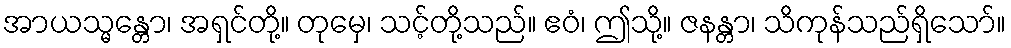
အာယသ္မန္တော၊ အရှင်တို့။ တုမှေ၊ သင့်တို့သည်။ ဧဝံ၊ ဤသို့။ ဇနန္တာ၊ သိကုန်သည်ရှိသော်။